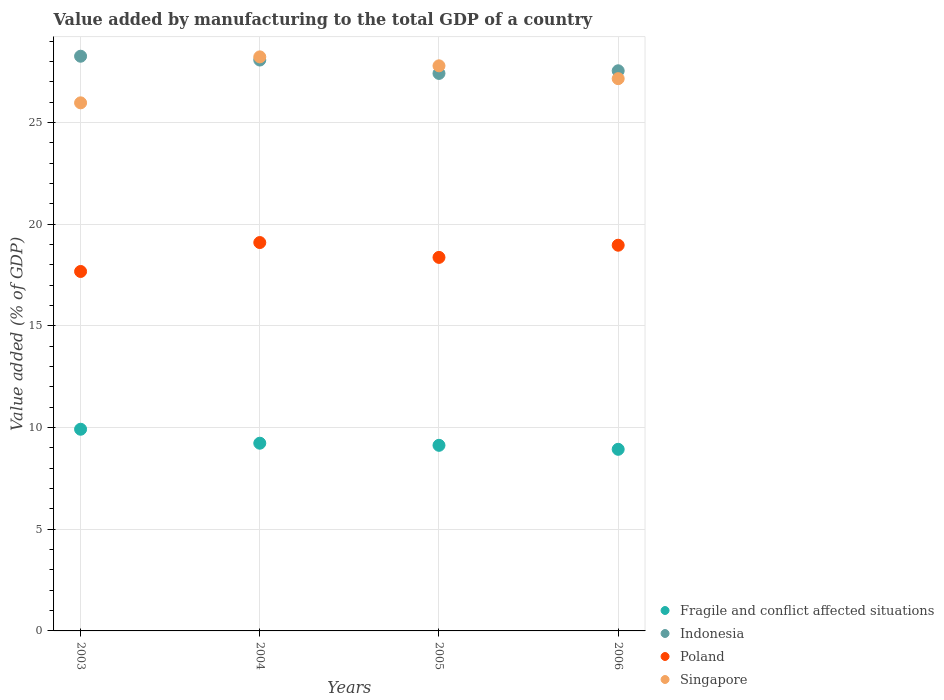
| Years | Fragile and conflict affected situations | Indonesia | Poland | Singapore |
 | --- | --- | --- | --- | --- |
 | 2003 | 9.92 | 28.3 | 17.7 | 26 |
 | 2004 | 9.23 | 28.1 | 19.1 | 28.2 |
 | 2005 | 9.12 | 27.4 | 18.4 | 27.8 |
 | 2006 | 8.93 | 27.5 | 19 | 27.2 |